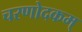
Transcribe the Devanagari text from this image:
चरणोदकम्